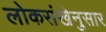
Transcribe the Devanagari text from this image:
लोकसंखेनुसार